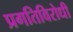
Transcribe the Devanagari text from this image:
प्रगतिविरोधी